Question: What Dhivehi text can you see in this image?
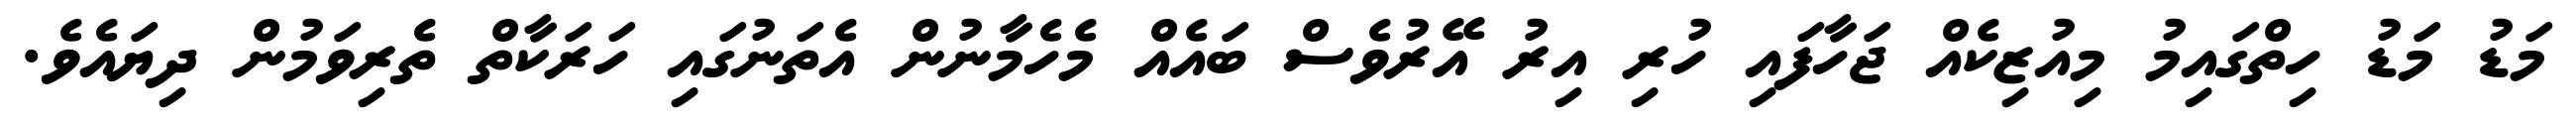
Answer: މަޑު މަޑު ހިތްގައިމު މިއުޒިކެއް ޖަހާފައި ހުރި އިރު އޭރުވެސް ބައެއް މެހެމާނުން އެތަނުގައި ހަރަކާތް ތެރިވަމުން ދިޔައެވެ.